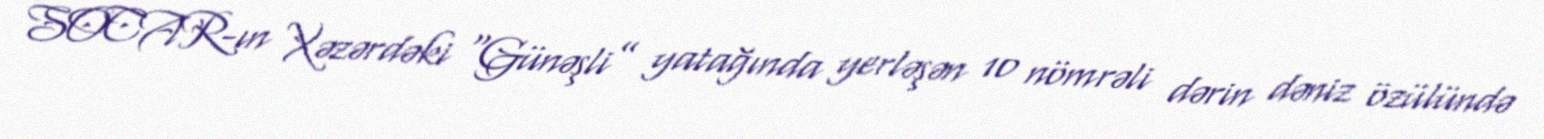
SOCAR-ın Xəzərdəki “Günəşli” yatağında yerləşən 10 nömrəli dərin dəniz özülündə